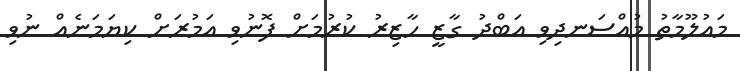
މައުލޫމާތު މުއްސަނދިވި އަބްދު ގާޒީ ހާޒިރު ކުރުމަށް ފޮނުވި އަމުރަށް ކިޔަމަނެއް ނުވި